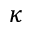
\kappa